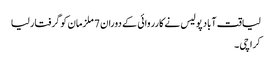
لیاقت آباد پولیس نے کارروائی کے دوران 7 ملزمان کو گرفتار لیا
کراچی ۔